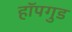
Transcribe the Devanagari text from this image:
हॉपगुड